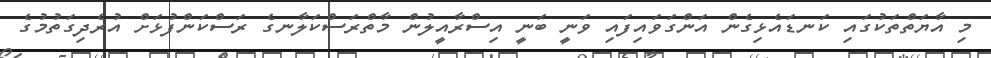
މި އާޔަތްތަކުގައި ކަނޑައެޅިގެން އަންގަވައިފައި ވަނީ ބަނީ އިސްރާއީލުން މާތްރަސްކަލާނގެ ރަސްކަންފުޅަށް އުރެދިގަތުމުގެ